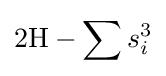
2{\text{H}}-\sum s_{i}^{3}